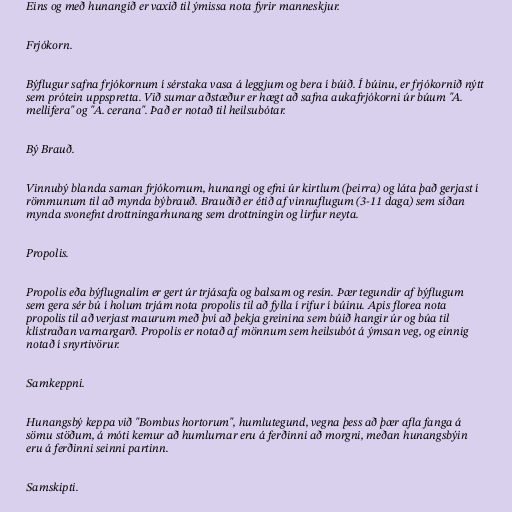
Eins og með hunangið er vaxið til ýmissa nota fyrir manneskjur.

Frjókorn.

Býflugur safna frjókornum í sérstaka vasa á leggjum og bera í búið. Í búinu, er frjókornið nýtt
sem prótein uppspretta. Við sumar aðstæður er hægt að safna aukafrjókorni úr búum "A.
mellifera" og "A. cerana". Það er notað til heilsubótar.

Bý Brauð.

Vinnubý blanda saman frjókornum, hunangi og efni úr kirtlum (þeirra) og láta það gerjast í
römmunum til að mynda býbrauð. Brauðið er étið af vinnuflugum (3-11 daga) sem síðan
mynda svonefnt drottningarhunang sem drottningin og lirfur neyta.

Propolis.

Propolis eða býflugnalím er gert úr trjásafa og balsam og resín. Þær tegundir af býflugum
sem gera sér bú í holum trjám nota propolis til að fylla í rifur í búinu. Apis florea nota
propolis til að verjast maurum með því að þekja greinina sem búið hangir úr og búa til
klístraðan varnargarð. Propolis er notað af mönnum sem heilsubót á ýmsan veg, og einnig
notað í snyrtivörur.

Samkeppni.

Hunangsbý keppa við "Bombus hortorum", humlutegund, vegna þess að þær afla fanga á
sömu stöðum, á móti kemur að humlurnar eru á ferðinni að morgni, meðan hunangsbýin
eru á ferðinni seinni partinn.

Samskipti.